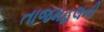
તાજમહલની